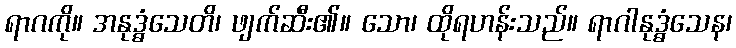
ရာဂကို။ အနုဒ္ဓံသေတိ၊ ဖျက်ဆီး၏။ သော၊ ထိုရဟန်းသည်။ ရာဂါနုဒ္ဓံသေန၊